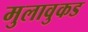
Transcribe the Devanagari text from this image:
मुलावुकड